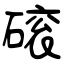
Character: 磙